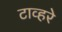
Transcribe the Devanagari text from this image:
टाव्हरे